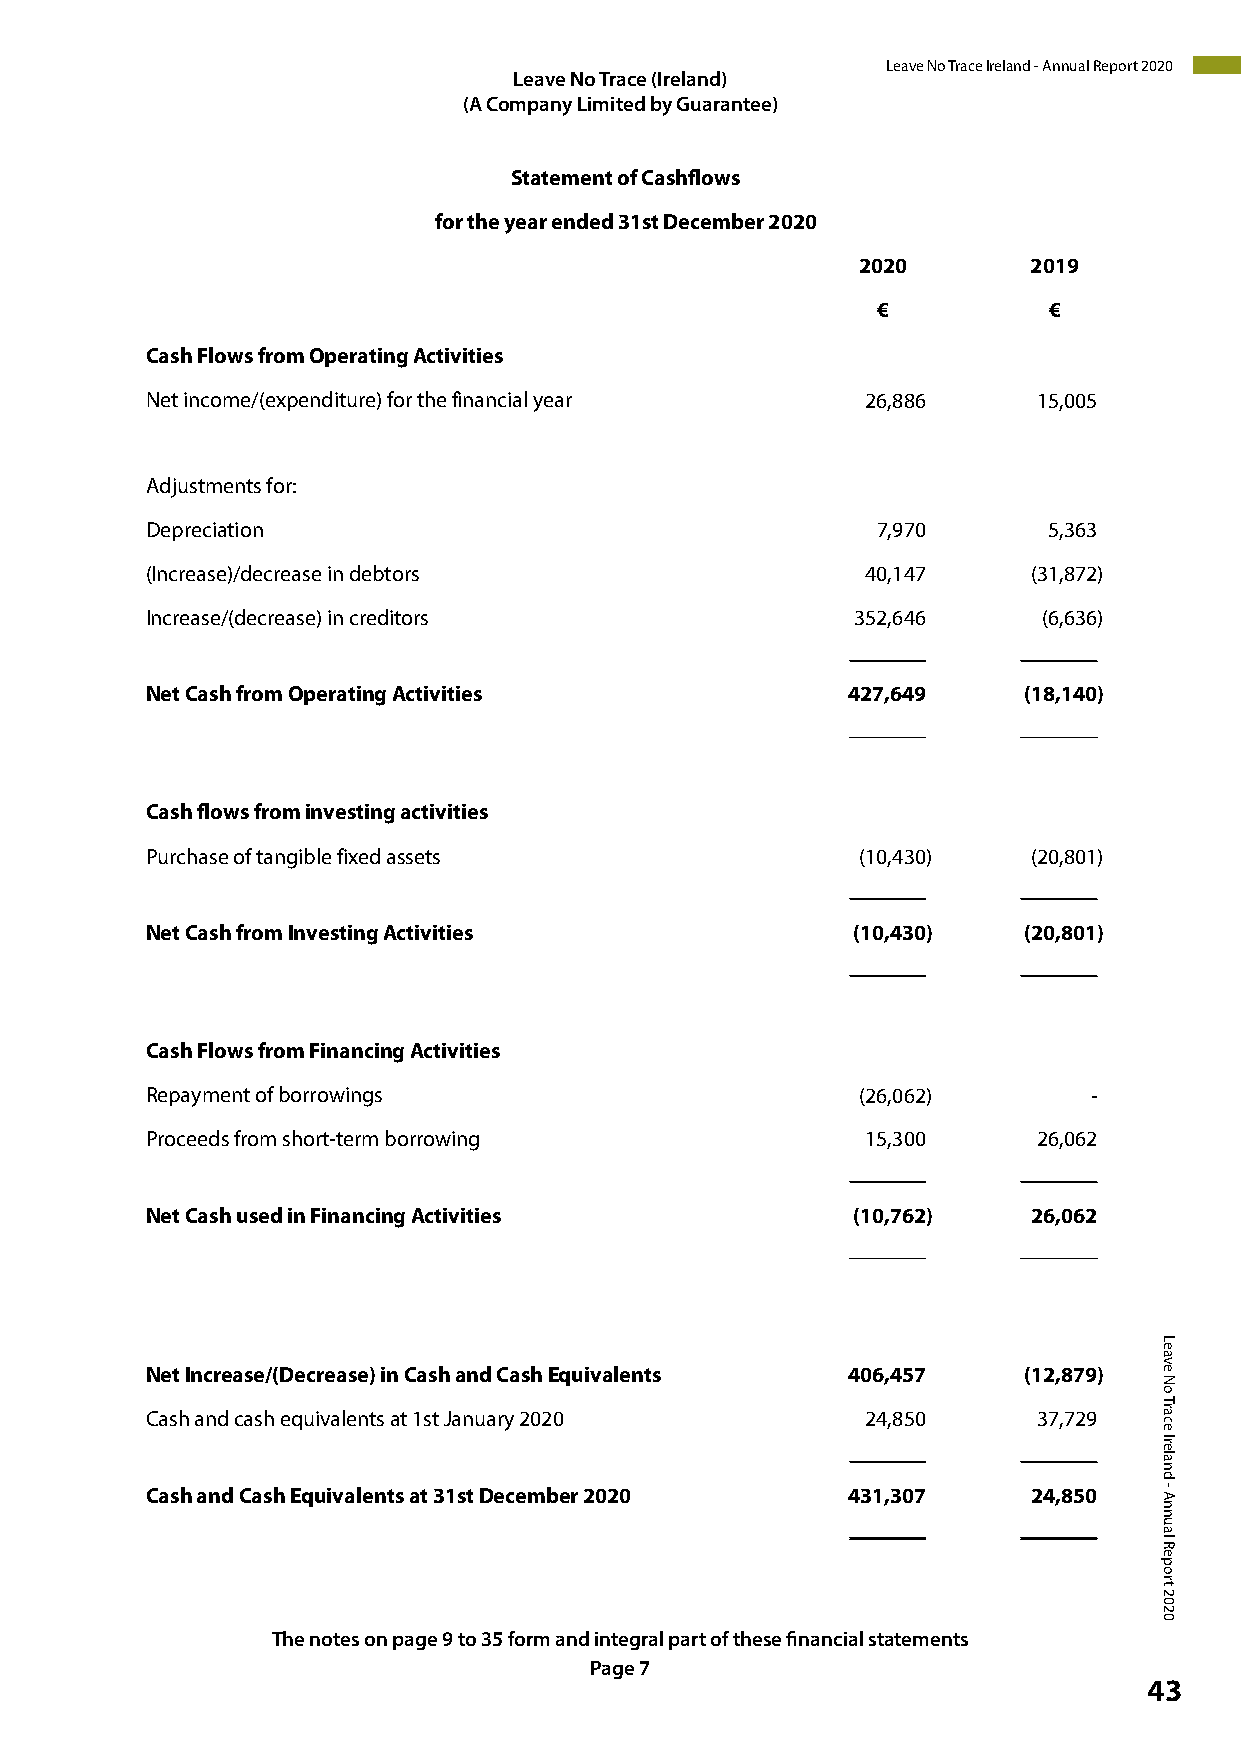
Leave No Trace Ireland - Annual Report 2020
 LLeeaavvee NNoo T Trarcaec e(I r(eIlraenladn)d)
 (( AA C Co om mp pa an ny
 y
 L Lim imite itd
 e
 db y
 b
 G
 y
 u Ga ura an rt ae ne t)
 ee)
 Statement of Cashflows
 for the year ended 31st December 2020
 2020       2019
 €          €
 Cash Flows from Operating Activities
 Net income/(expenditure) for the financial year 26,886     15,005
 Adjustments for:
 Depreciation                                    7,970      5,363
 (Increase)/decrease in debtors                 40,147     (31,872)
 Increase/(decrease) in creditors               352,646     (6,636)
 _______     _______
 Net Cash from Operating Activities            427,649     (18,140)
 _______     _______
 Cash flows from investing activities
 Purchase of tangible fixed assets              (10,430)   (20,801)
 _______     _______
 Net Cash from Investing Activities            (10,430)    (20,801)
 _______     _______
 Cash Flows from Financing Activities
 Repayment of borrowings                        (26,062)       -
 Proceeds from short-term borrowing             15,300      26,062
 _______     _______
 Net Cash used in Financing Activities         (10,762)    26,062
 _______     _______
 Net Increase/(Decrease) in Cash and Cash Equivalents 406,457 (12,879)
 Cash and cash equivalents at 1st January 2020  24,850      37,729
 _______     _______
 Cash and Cash Equivalents at 31st December 2020 431,307   24,850
 _______     _______
 TThhee n nootetes so onn p paaggees 910 t ot o3 53 1fo fromrm an adn i ninteteggrraal lp paartr ot fo tfh tehsees efi nfiannacniacli aslt astteamteemnetnsts.
 PPaaggee 7 8
 43
 Leave
 No
 Trace
 Ireland
 - Annual
 Report
 2020